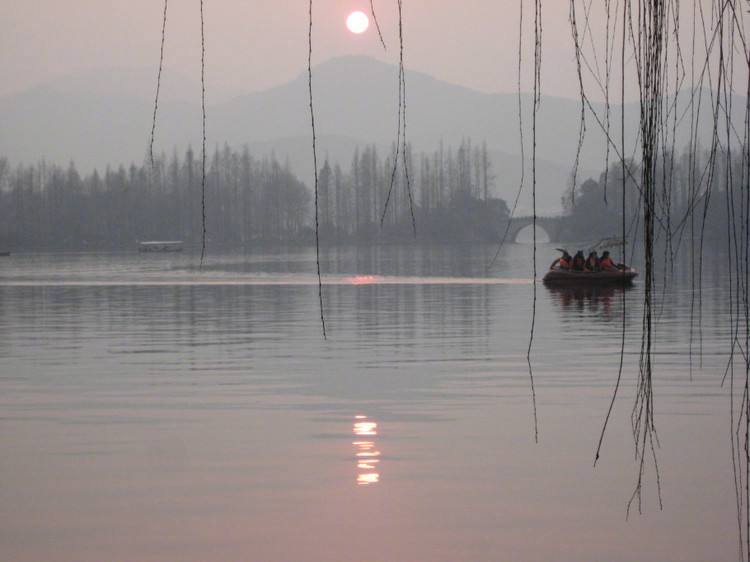
更被夕阳江岸上，断肠烟柳一丝丝。